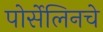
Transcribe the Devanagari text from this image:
पोर्सेलिनचे